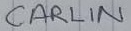
Text: CARLIN